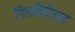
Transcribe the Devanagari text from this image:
गिलकिरिस्त